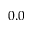
0 . 0